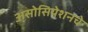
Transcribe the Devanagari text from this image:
असोसियेशनचे